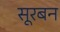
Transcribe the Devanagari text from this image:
सूरबन